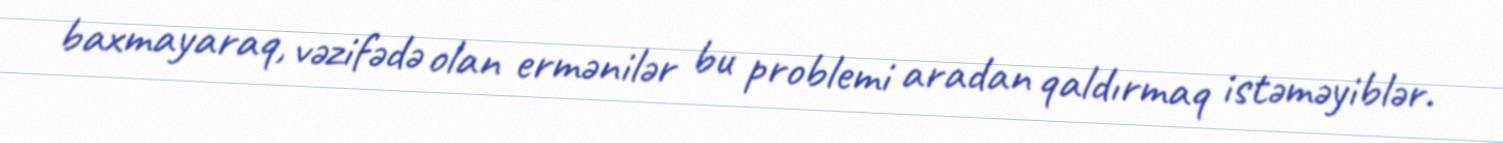
baxmayaraq, vəzifədə olan ermənilər bu problemi aradan qaldırmaq istəməyiblər.